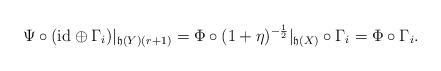
LaTeX: \begin{align*}\Psi\circ (\mathrm{id}\oplus \Gamma_i)|_{\mathfrak{h}(Y)(r+1)} =\Phi\circ(1+\eta)^{-\frac{1}{2}}|_{\mathfrak{h}(X)}\circ \Gamma_i = \Phi\circ \Gamma_i.\end{align*}